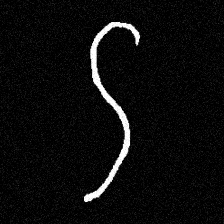
Pyu character \u2014 Myanmar letter: ဌ (romanized: ttha)